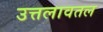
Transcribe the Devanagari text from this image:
उत्तलावतल